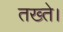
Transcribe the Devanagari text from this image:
तख्ते।